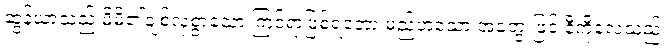
ဆွန်ယာသည် မိမိ၏ချစ်လှစွာသော ကြင်ရာဖြစ်ရတော့ မည်ဟူသော အတွေးဖြင့် နီကိုလေသည်